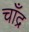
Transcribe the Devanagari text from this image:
चाँद्र